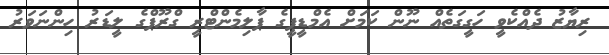
ރިޔާޒު ދެއްކެވީ ހަގީގަތެއް ނޫން ކަމަށް އެމްޑީޕީގެ ޕާލިމެންޓްރީ ގްރޫޕްގެ ލީޑަރު ހިންނަވަރު